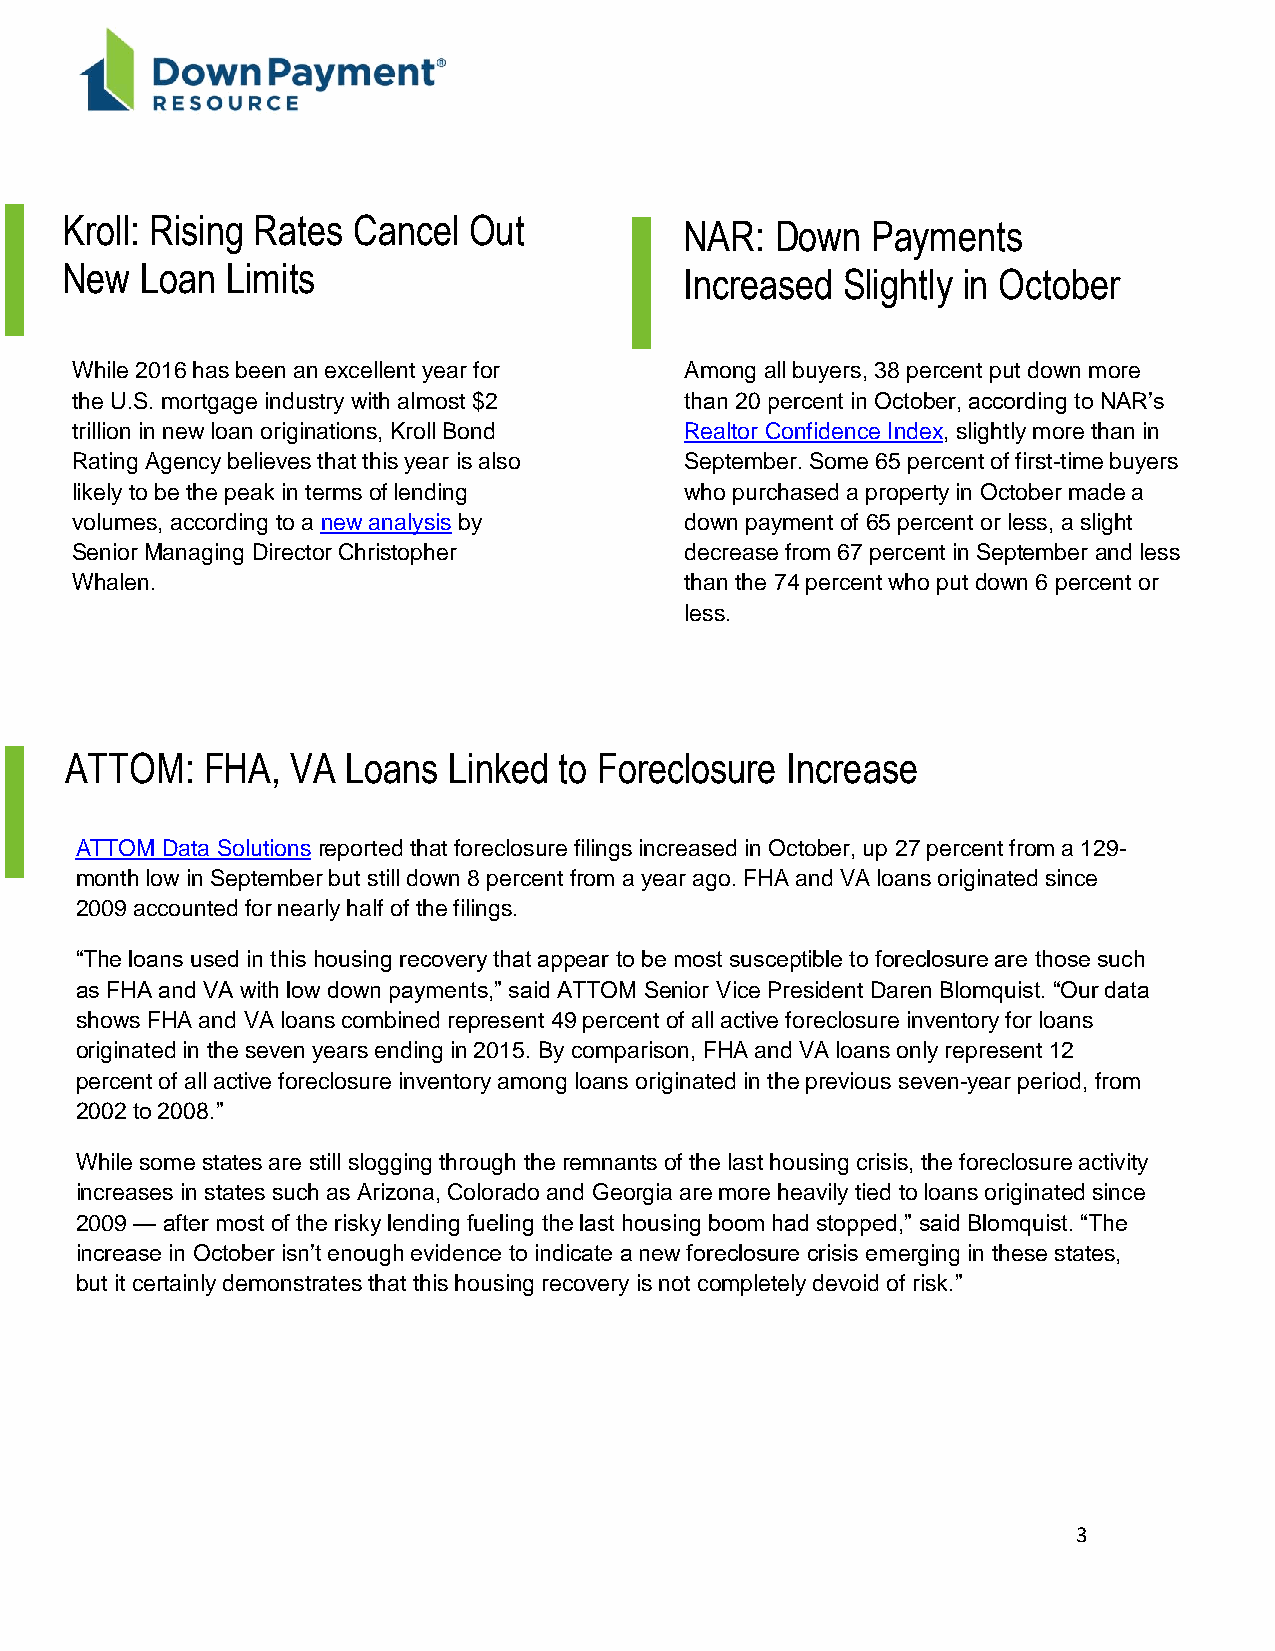
Kroll: Rising Rates Cancel Out           NAR:  Down   Payments
 New  Loan  Limits                        Increased  Slightly in October
 While 2016 has been an excellent year for Among all buyers, 38 percent put down more
 the U.S. mortgage industry with almost $2 than 20 percent in October, according to NAR’s
 trillion in new loan originations, Kroll Bond Realtor Confidence Index, slightly more than in
 Ellie Mae: Average  LTV  For
 Rating Agency believes that this year is also September. Some 65 percent of first-time buyers
 likely to be the peak in terms of lending who purchased a property in October made a
 Millennials Falls to 87 percent
 volumes, according to a new analysis by down payment of 65 percent or less, a slight
 Senior Managing Director Christopher    decrease from 67 percent in September and less
 Whalen.                                 than the 74 percent who put down 6 percent or
 less.
 ATTOM:   FHA,  VA  Loans  Linked to Foreclosure Increase
 ATTOM Data Solutions reported that foreclosure filings increased in October, up 27 percent from a 129-
 month low in September but still down 8 percent from a year ago. FHA and VA loans originated since
 2009 accounted for nearly half of the filings.
 A
 “The loans used in this housing recovery that appear to be most susceptible to foreclosure are those such
 as FHA and VA with low down payments,” said ATTOM Senior Vice President Daren Blomquist. “Our data
 shows FHA and VA loans combined represent 49 percent of all active foreclosure inventory for loans
 o riginated in the seven years ending in 2015. By comparison, FHA and VA loans only represent 12
 percent of all active foreclosure inventory among loans originated in the previous seven-year period, from
 2 002 to 2008.”
 While some states are still slogging through the remnants of the last housing crisis, the foreclosure activity
 increases in states such as Arizona, Colorado and Georgia are more heavily tied to loans originated since
 2009 — after most of the risky lending fueling the last housing boom had stopped,” said Blomquist. “The
 increase in October isn’t enough evidence to indicate a new foreclosure crisis emerging in these states,
 but it certainly demonstrates that this housing recovery is not completely devoid of risk.”
 3